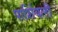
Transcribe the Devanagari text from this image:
पार्शियली